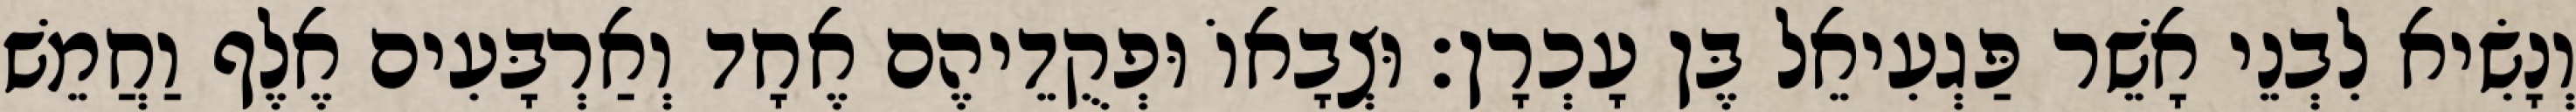
וְנָשִׂיא לִבְנֵי אָשֵׁר פַּגְעִיאֵל בֶּן עָכְרָן׃ וּצְבָאוֹ וּפְקֻדֵיהֶם אֶחָד וְאַרְבָּעִים אֶלֶף וַחֲמֵשׁ